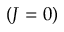
( J = 0 )